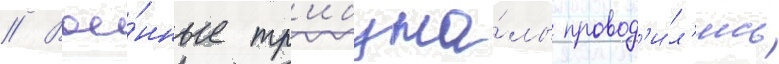
// Вое́нные тр'ибуна́лы провод'и́л'ись